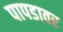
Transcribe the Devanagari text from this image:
पापडावर